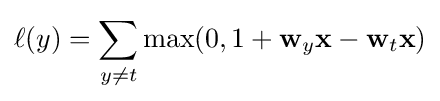
\ell (y)=\sum _{y\neq t}\max(0,1+\mathbf {w} _{y}\mathbf {x} -\mathbf {w} _{t}\mathbf {x} )